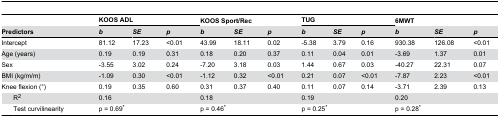
| <COLSPAN=2>  | <COLSPAN=3> KOOS ADL | <COLSPAN=3> KOOS Sport/Rec | <COLSPAN=3> TUG | <COLSPAN=3> 6MWT |
 | <COLSPAN=2> Predictors | b | SE | p | b | SE | p | b | SE | p | b | SE | p |
 | --- | --- | --- | --- | --- | --- | --- | --- | --- | --- | --- | --- | --- | --- |
 | <COLSPAN=2> Intercept | 81.12 | 17.23 | <0.01 | 43.99 | 18.11 | 0.02 | -5.38 | 3.79 | 0.16 | 930.38 | 126.08 | <0.01 |
 | <COLSPAN=2> Age (years) | 0.19 | 0.19 | 0.31 | 0.18 | 0.20 | 0.37 | 0.11 | 0.04 | 0.01 | -3.69 | 1.37 | 0.01 |
 | <COLSPAN=2> Sex | -3.55 | 3.02 | 0.24 | -7.20 | 3.18 | 0.03 | 1.44 | 0.67 | 0.03 | -40.27 | 22.31 | 0.07 |
 | <COLSPAN=2> BMI (kg/m/m) | -1.09 | 0.30 | <0.01 | -1.12 | 0.32 | <0.01 | 0.21 | 0.07 | <0.01 | -7.87 | 2.23 | <0.01 |
 | <COLSPAN=2> Knee flexion (°) | 0.19 | 0.35 | 0.60 | 0.31 | 0.37 | 0.40 | 0.11 | 0.07 | 0.14 | -3.71 | 2.39 | 0.13 |
 |  | R2 | <COLSPAN=3> 0.16 | <COLSPAN=3> 0.18 | <COLSPAN=3> 0.19 | <COLSPAN=3> 0.20 |
 |  | Test curvilinearity | <COLSPAN=3> p = 0.69* | <COLSPAN=3> p = 0.46* | <COLSPAN=3> p = 0.25* | <COLSPAN=3> p = 0.28* |